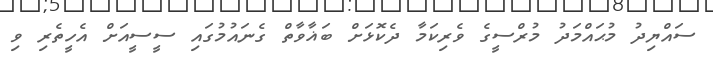
ސައްޔިދު މުޙައްމަދު މުރްސީގެ ވެރިކަމާ ދެކޮޅަށް ބަޣާވާތް ގެނައުމުގައި ސީސީއަށް އެހީތެރި ވި